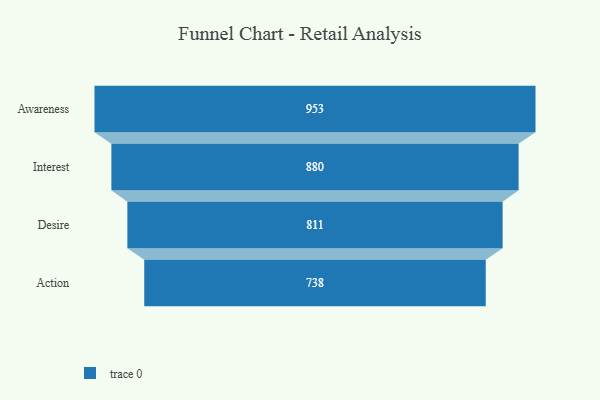
{"axis": {"x": "Stage", "y": "Value"}, "legend": [""], "data": [{"x": "Awareness", "y": 953.0, "type": ""}, {"x": "Interest", "y": 880.0, "type": ""}, {"x": "Desire", "y": 811.0, "type": ""}, {"x": "Action", "y": 738.0, "type": ""}]}